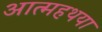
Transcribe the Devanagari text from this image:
आत्महथया